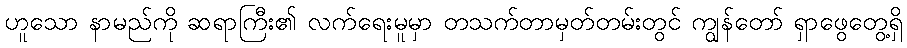
ဟူသော နာမည်ကို ဆရာကြီး၏ လက်ရေးမူမှာ တသက်တာမှတ်တမ်းတွင် ကျွန်တော် ရှာဖွေတွေ့ရှိ